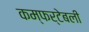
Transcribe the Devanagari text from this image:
कम्फर्टेबली